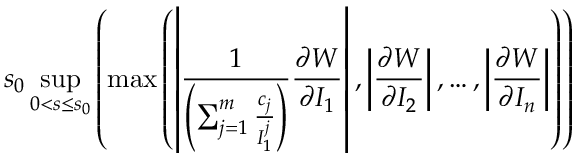
\displaystyle s _ { 0 } \operatorname* { s u p } _ { 0 < s \leq s _ { 0 } } \left( \operatorname* { m a x } \left( \left| \frac { 1 } { \left( \sum _ { j = 1 } ^ { m } \frac { c _ { j } } { I _ { 1 } ^ { j } } \right) } \frac { \partial W } { \partial I _ { 1 } } \right| , \left| \frac { \partial W } { \partial I _ { 2 } } \right| , \ldots , \left| \frac { \partial W } { \partial I _ { n } } \right| \right) \right)